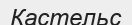
Кастельс